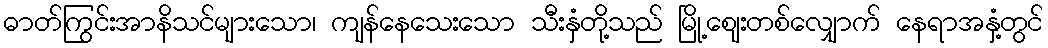
ဓာတ်ကြွင်းအာနိသင်များသော၊ ကျန်နေသေးသော သီးနှံတို့သည် မြို့ဈေးတစ်လျှောက် နေရာအနှံ့တွင်